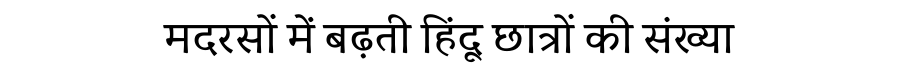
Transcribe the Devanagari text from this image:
मदरसों में बढ़ती हिंदू छात्रों की संख्या